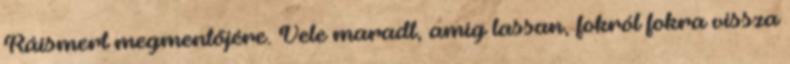
Ráismert megmentőjére. Vele maradt, amíg lassan, fokról fokra vissza